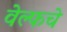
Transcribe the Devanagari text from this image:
वेल्फचे